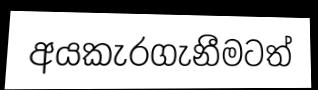
අයකැරගැනීමටත්